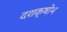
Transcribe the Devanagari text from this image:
दशक्षोभ